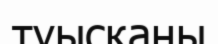
туысқаны